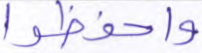
واحفظوا